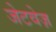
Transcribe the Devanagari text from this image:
जेटवेज़